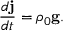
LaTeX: \frac { d { \bf j } } { d t } = \rho _ { 0 } { \bf g . }